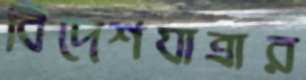
বিদেশযাত্রার